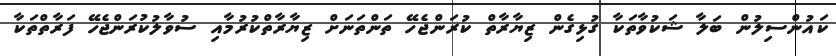
ކައުންސިލުން ބަލާ ޝަކުވާތަކާ ގުޅިގެން ޒިޔާރާތް ކުރަންޖެހޭ ތަންތަނަށް ޒިޔާރާތްކުރުމާއި ސުވާލުކުރަންޖެހޭ ފަރާތްތަކާ